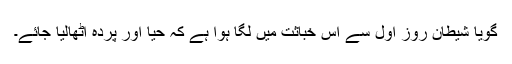
گویا شیطان روز اول سے اس خباثت میں لگا ہوا ہے کہ حیا اور پردہ اٹھالیا جائے۔